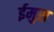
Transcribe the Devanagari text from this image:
ईमुस